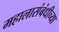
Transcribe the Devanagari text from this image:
महालासंबंधीच्या